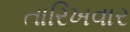
તારિખવાર